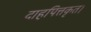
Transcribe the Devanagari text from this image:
दाहपित्तकृत।